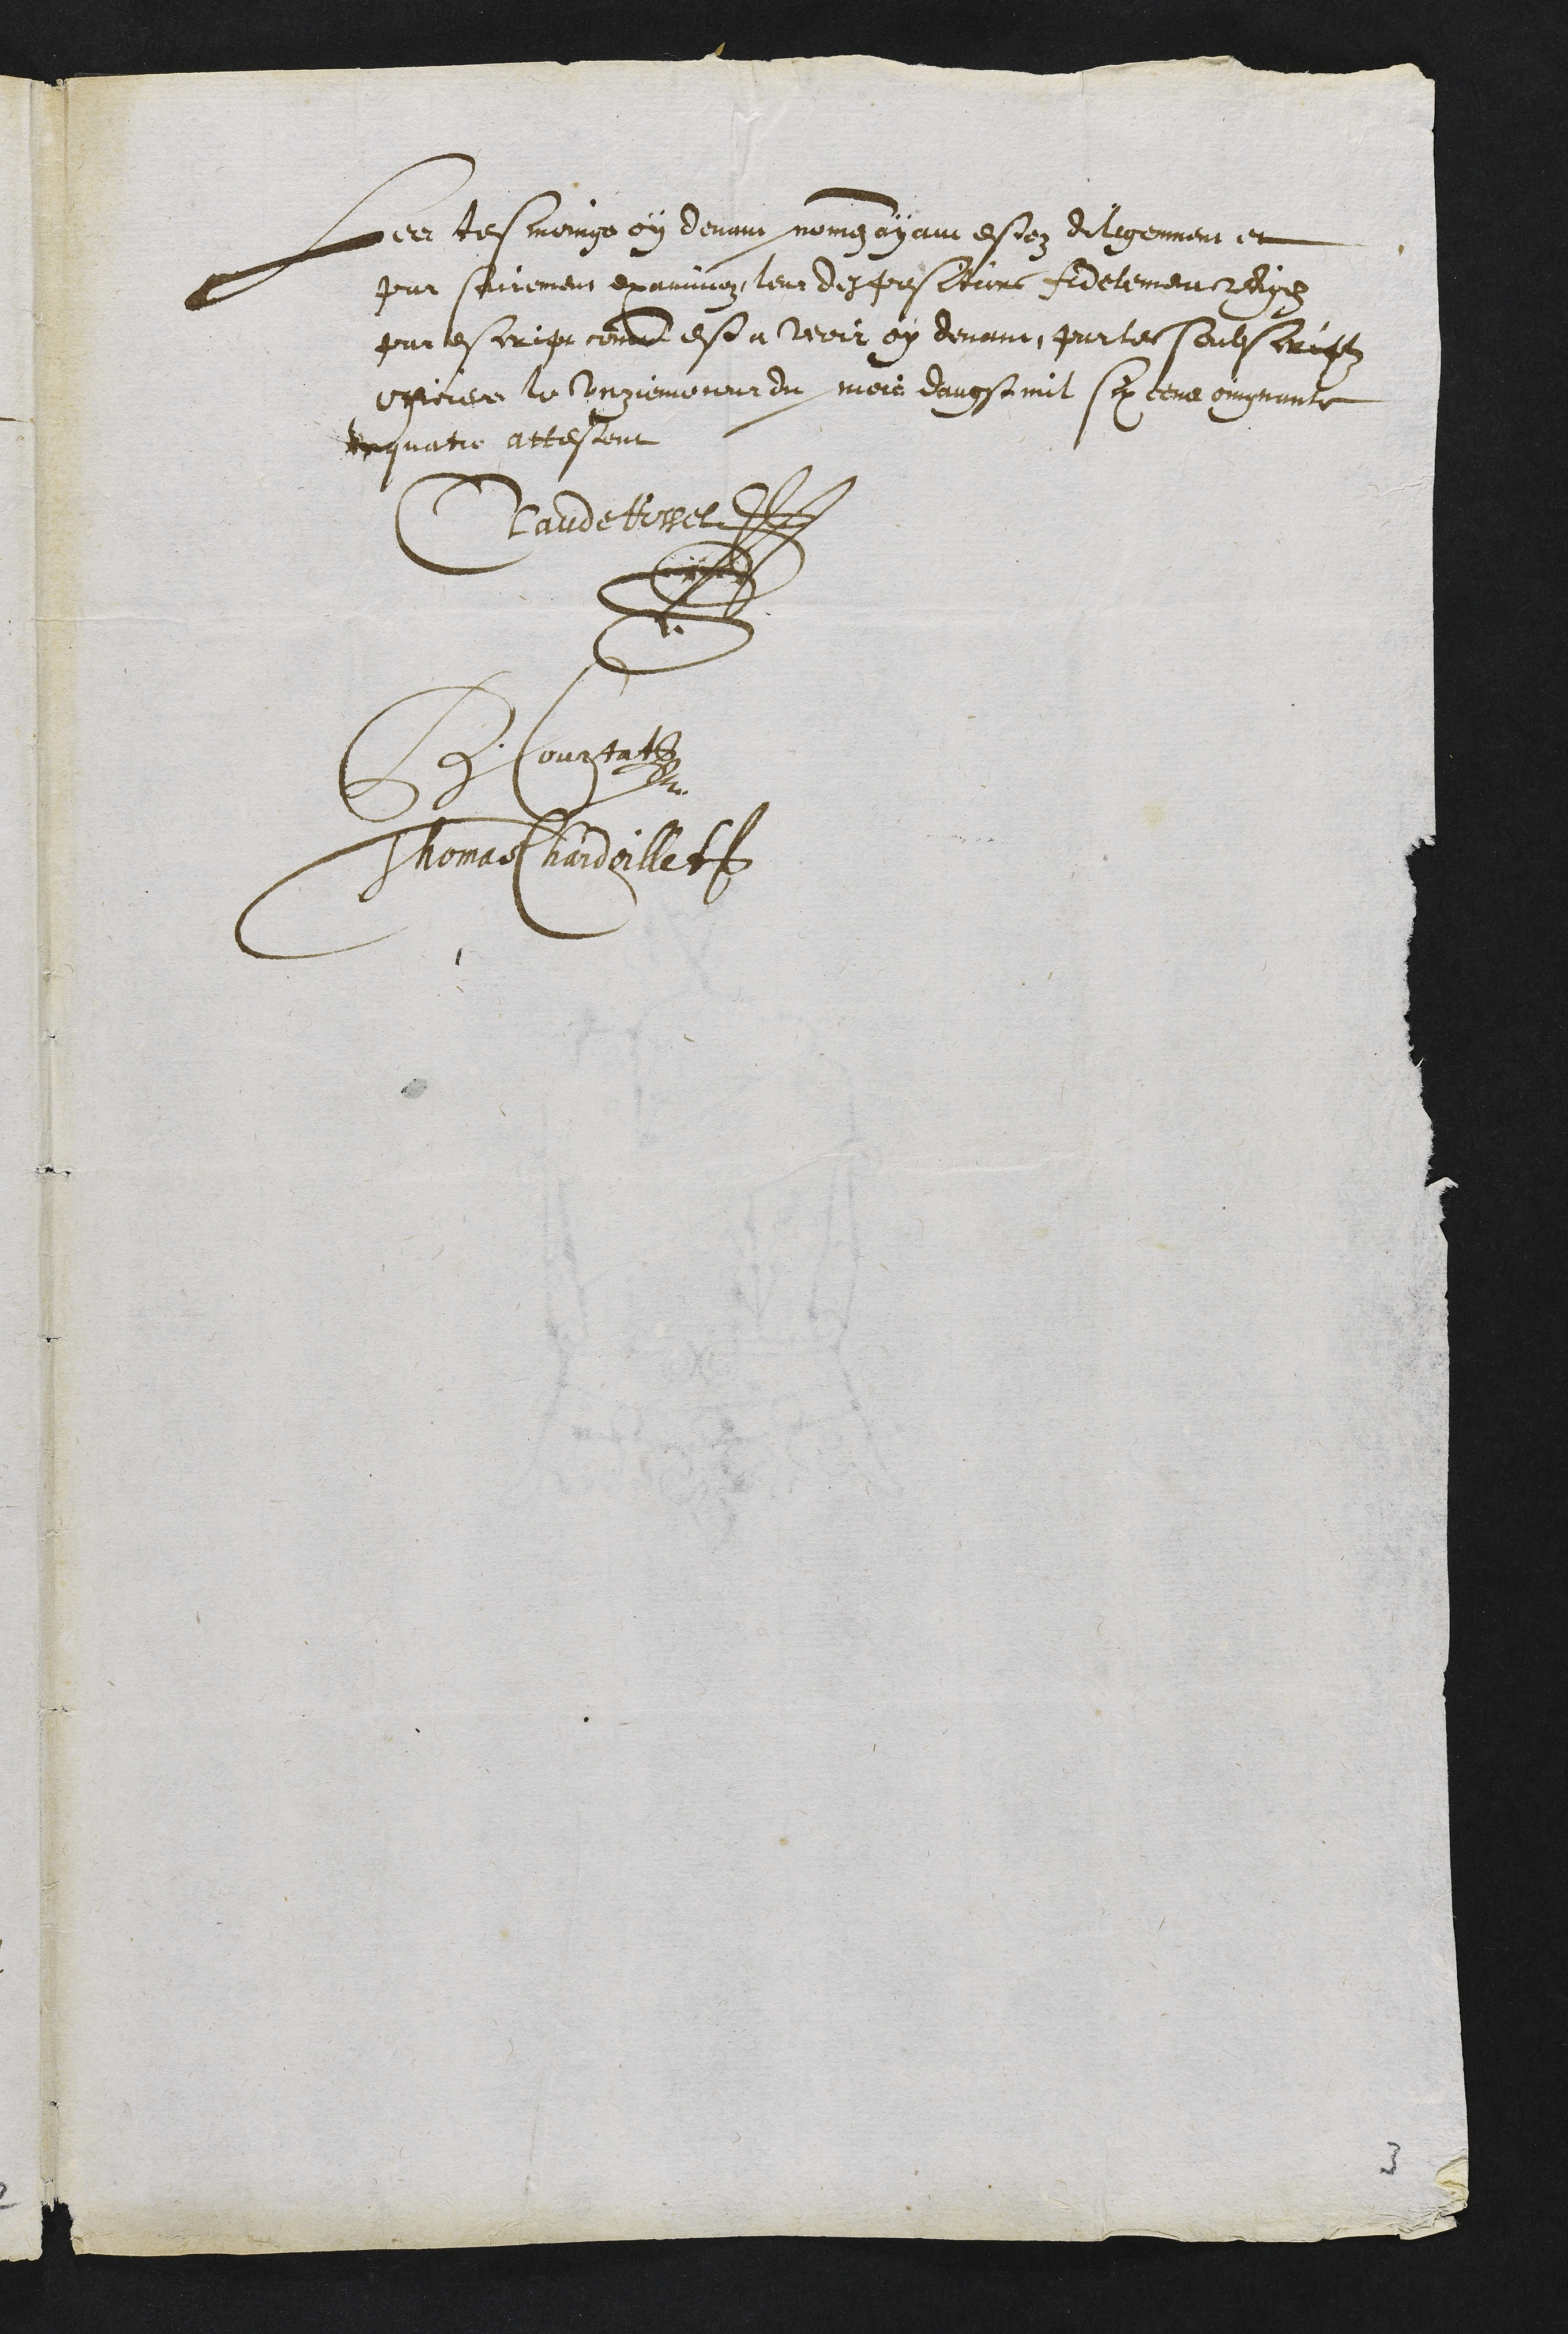
Les tesmong on demins gongs eyan estoez ditgemer en
put seiiement examinon leur despustture Adelement relys
parescripcemme esta voir oy devanc partes souescrufz
exfcrier le ingiemonat du more demvostimit so teue comgnante
Inquatre attestent
Claudetere D
Secompai
Thonaet hardaillet